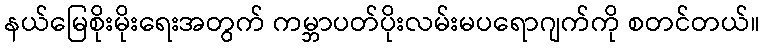
နယ်မြေစိုးမိုးရေးအတွက် ကမ္ဘာပတ်ပိုးလမ်းမပရောဂျက်ကို စတင်တယ်။